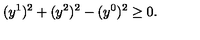
( y ^ { 1 } ) ^ { 2 } + ( y ^ { 2 } ) ^ { 2 } - ( y ^ { 0 } ) ^ { 2 } \geq 0 .